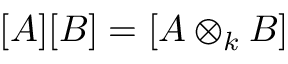
[ A ] [ B ] = \left[ A \otimes _ { k } B \right]